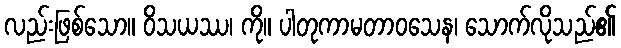
လည်းဖြစ်သော။ ဝိသယဿ၊ ကို။ ပါတုကာမတာဝသေန၊ သောက်လိုသည်၏